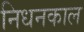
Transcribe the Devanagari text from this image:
निधनकाल